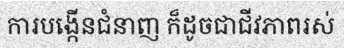
ការបង្កើនជំនាញ ក៏ដូចជាជីវភាពរស់